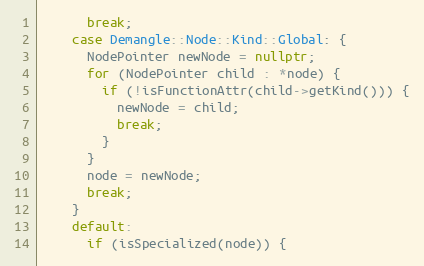
Language: C++
      break;
    case Demangle::Node::Kind::Global: {
      NodePointer newNode = nullptr;
      for (NodePointer child : *node) {
        if (!isFunctionAttr(child->getKind())) {
          newNode = child;
          break;
        }
      }
      node = newNode;
      break;
    }
    default:
      if (isSpecialized(node)) {